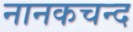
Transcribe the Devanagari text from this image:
नानकचन्द